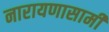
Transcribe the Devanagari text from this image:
नारायणासामी